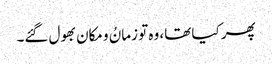
پھر کیا تھا، وہ تو زمانُ و مکان بھول گئے۔